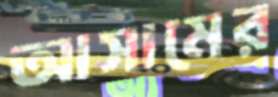
আসামের